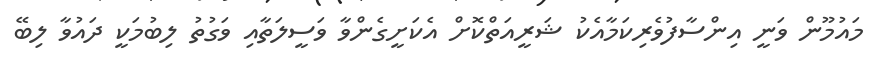
މައުމޫން ވަނީ އިންސާފުވެރިކަމާއެކު ޝަރީއަތްކޮށް އެކަށީގެންވާ ވަސީލަތާއި ވަގުތު ލިބުމަކީ ދައުވާ ލިބޭ